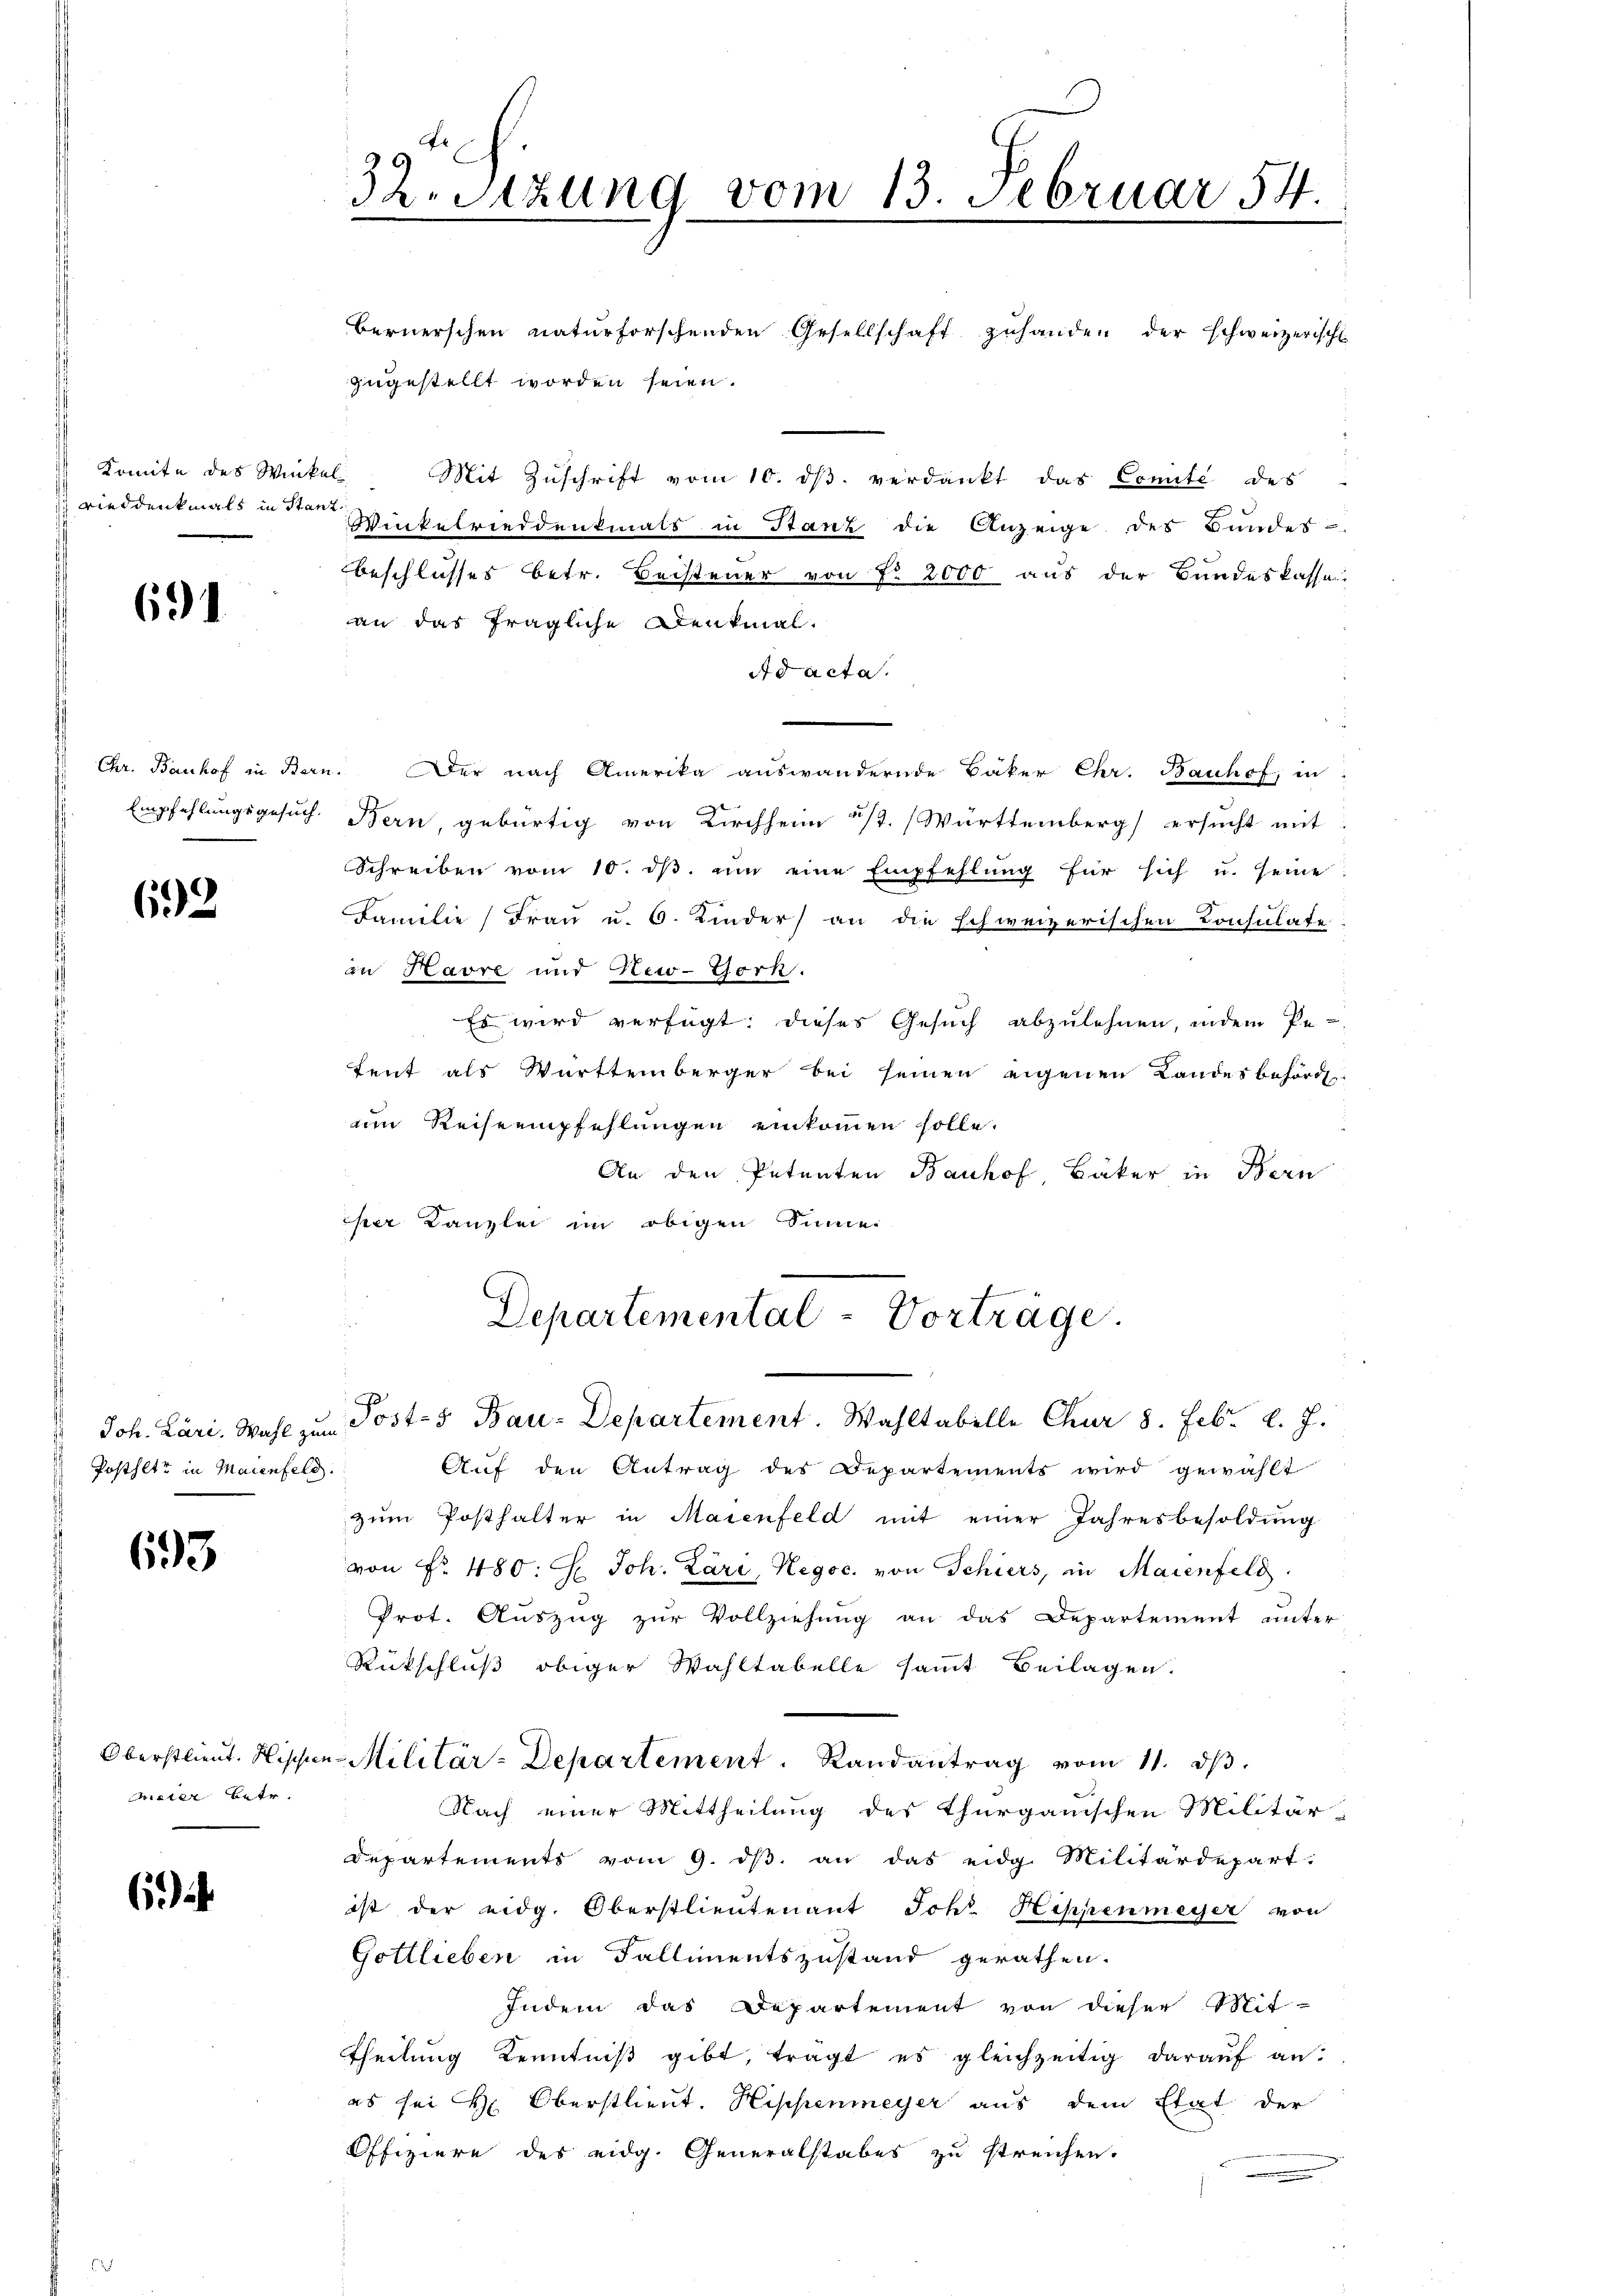
Komite des Winkel
 Bieddenkmals in Stanz.

691

692

s
Joh. Lari. Wahl zum
Posthett in Maienfeld.

693

wister Betr.

6

32. Sitzung vom 13. Februar 54
.

Bernerschen naturforschenden Gesellschaft zuhanden der schweizerisch
zugestellt worden seien.
Mit Zŭschrift vom 10. dβ. verdankt das Comité des
Winkelrieddentmals in Stanz die Anzeige des Bundes-
beschlusses betr. Beisteuer von Fr. 2000 aus der Bundeskasse.
an das fragliche Denkmal.
Ad acta.
Chr. Banhof in Bern. Der nach Amerika auswandernde Bäker Chr. Bauhof, in
Empfehlungsgesuch Bern, gebürtig von Kirchheim ist. Württemberg ersucht mit
Schreiben vom 10. dβ. um eine Empfehlung für sich u. seine
Familie (Frau u. 6. Kinder an die schweizerischen Consulate
in Havre und New-York.
Es wird verfügt: dieses Gesuch abzulehnen, indem Pe-
tent als Württemberger bei seinen eigenen Landesbehörd
im Reiseempfehlungen einkommen solle.
An den Petenten Bauhof Bäker in Bern
er Kanzlei im obigen Sinne
Departemental - Vorträge.
Posts Bau-Departement. Wahltabelle Chur 8. Febr. l. J.
Auf den Antrag des Departements wird gewählt
zŭm Posthalter in Maienfeld mit einer Jahresbesoldŭng
von Nr. 480: H. Joh. Lari, Negoc. von Schiers, in Maienfeld.
Prot. Auszug zur Vollziehung an das Departement unter
Rückschluß obiger Wahltabelle sammt Beilagen.
Oberstlieut. Hischen-Militär-Departement. Randantrag vom 11. ds.
Nach einer Mittheilung des thurgauischen Militär-
Departements vom 9. dβ an das eidg. Militärdepart.
ist der eidg. Oberstlieutenant Joh. Hippenmeyer von
Gottlieben in Fallimentszustand gerathen.
Indem das Departement von dieser Mit-
theilung Kenntniß gibt, trägt es gleichzeitig darauf an.
es sei Hr. Oberstlieut. Hippenmeyer aus dem Etat der
Offiziere des eidg. Generalstabes zu streichen.